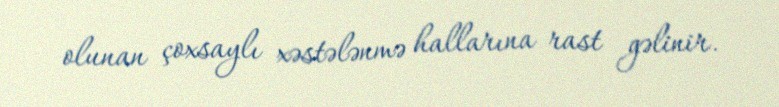
olunan çoxsaylı xəstələnmə hallarına rast gəlinir.